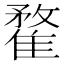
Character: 䨁